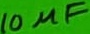
Text: 10µF